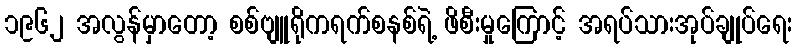
၁၉၆၂ အလွန်မှာတော့ စစ်ဗျူရိုကရက်စနစ်ရဲ့ ဖိစီးမှုကြောင့် အရပ်သားအုပ်ချုပ်ရေး